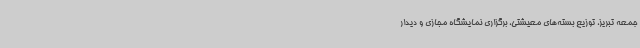
جمعه تبریز، توزیع بسته‌های معیشتی، برگزاری نمایشگاه مجازی و دیدار